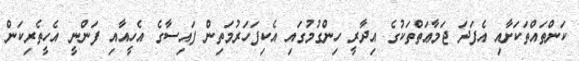
ކަންތައްތަކަށާއި އެފަދަ ޖަމާޢަތްތަކުގެ އިދާރީ ހިންގުމުގައި އެކިފަހަރުމަތިން ފައިސާގެ އެހީއާއި ފަންނީ އެހީތެރިކަން